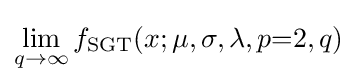
\lim _{q\to \infty }f_{\text{SGT}}(x;\mu ,\sigma ,\lambda ,p{=}2,q)